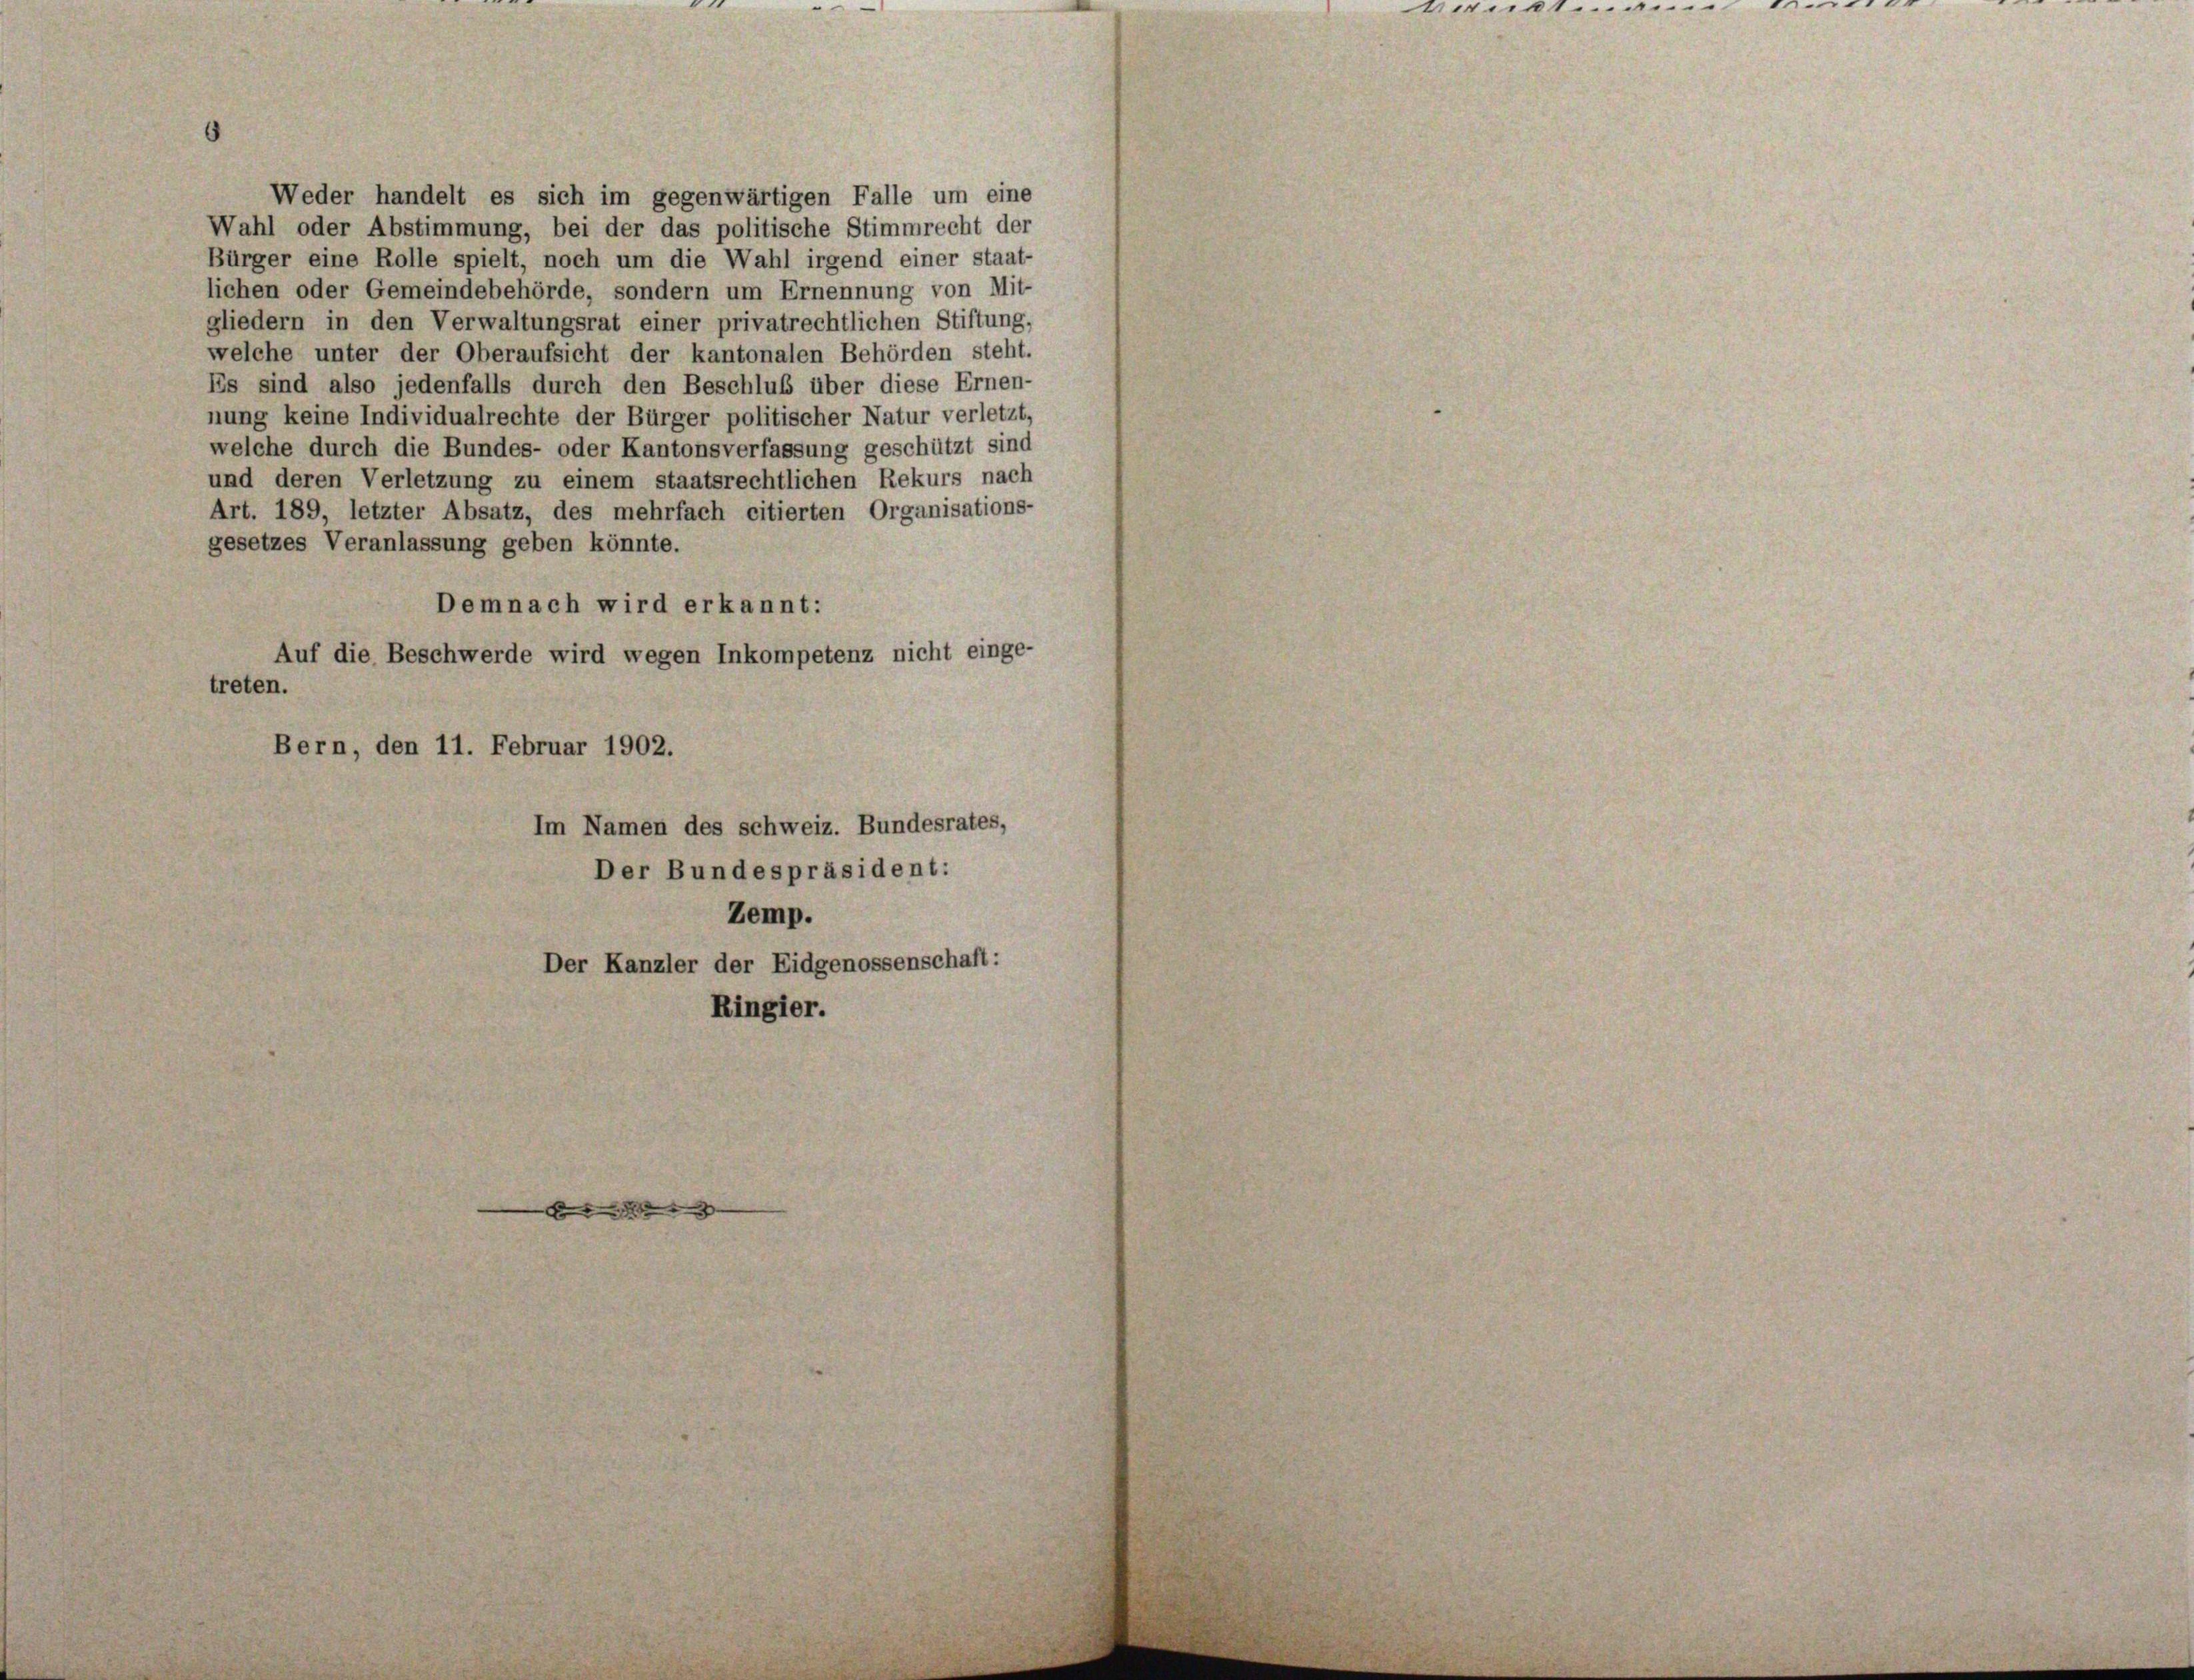
Weder handelt es sich im gegenwärtigen Falle um eine
Wahl oder Abstimmung, bei der das politische Stimmrecht der
Bürger eine Rolle spielt, noch um die Wahl irgend einer staat-
lichen oder Gemeindebehörde, sondern um Ernennung von Mit-
gliedern in den Verwaltungsrat einer privatrechtlichen Stiftung.
welche unter der Oberaufsicht der kantonalen Behörden steht.
Es sind also jedenfalls durch den Beschluß über diese Ernen-
nung keine Individualrechte der Bürger politischer Natur verletzt,
welche durch die Bundes- oder Kantonsverfassung geschützt sind
und deren Verletzung zu einem staatsrechtlichen Rekurs nach
Art. 189, letzter Absatz, des mehrfach citierten Organisations-
gesetzes Veranlassung geben könnte.
Demnach wird erkannt:
Auf die Beschwerde wird wegen Inkompetenz nicht einge-
treten.
Bern, den 11. Februar 1902.
Im Namen des schweiz. Bundesrates,
Der Bundespräsident:
Zemp.
Der Kanzler der Eidgenossenschaft:
Ringier.

went .........